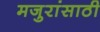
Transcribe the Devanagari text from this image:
मजुरांसाठी